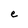
Character: e